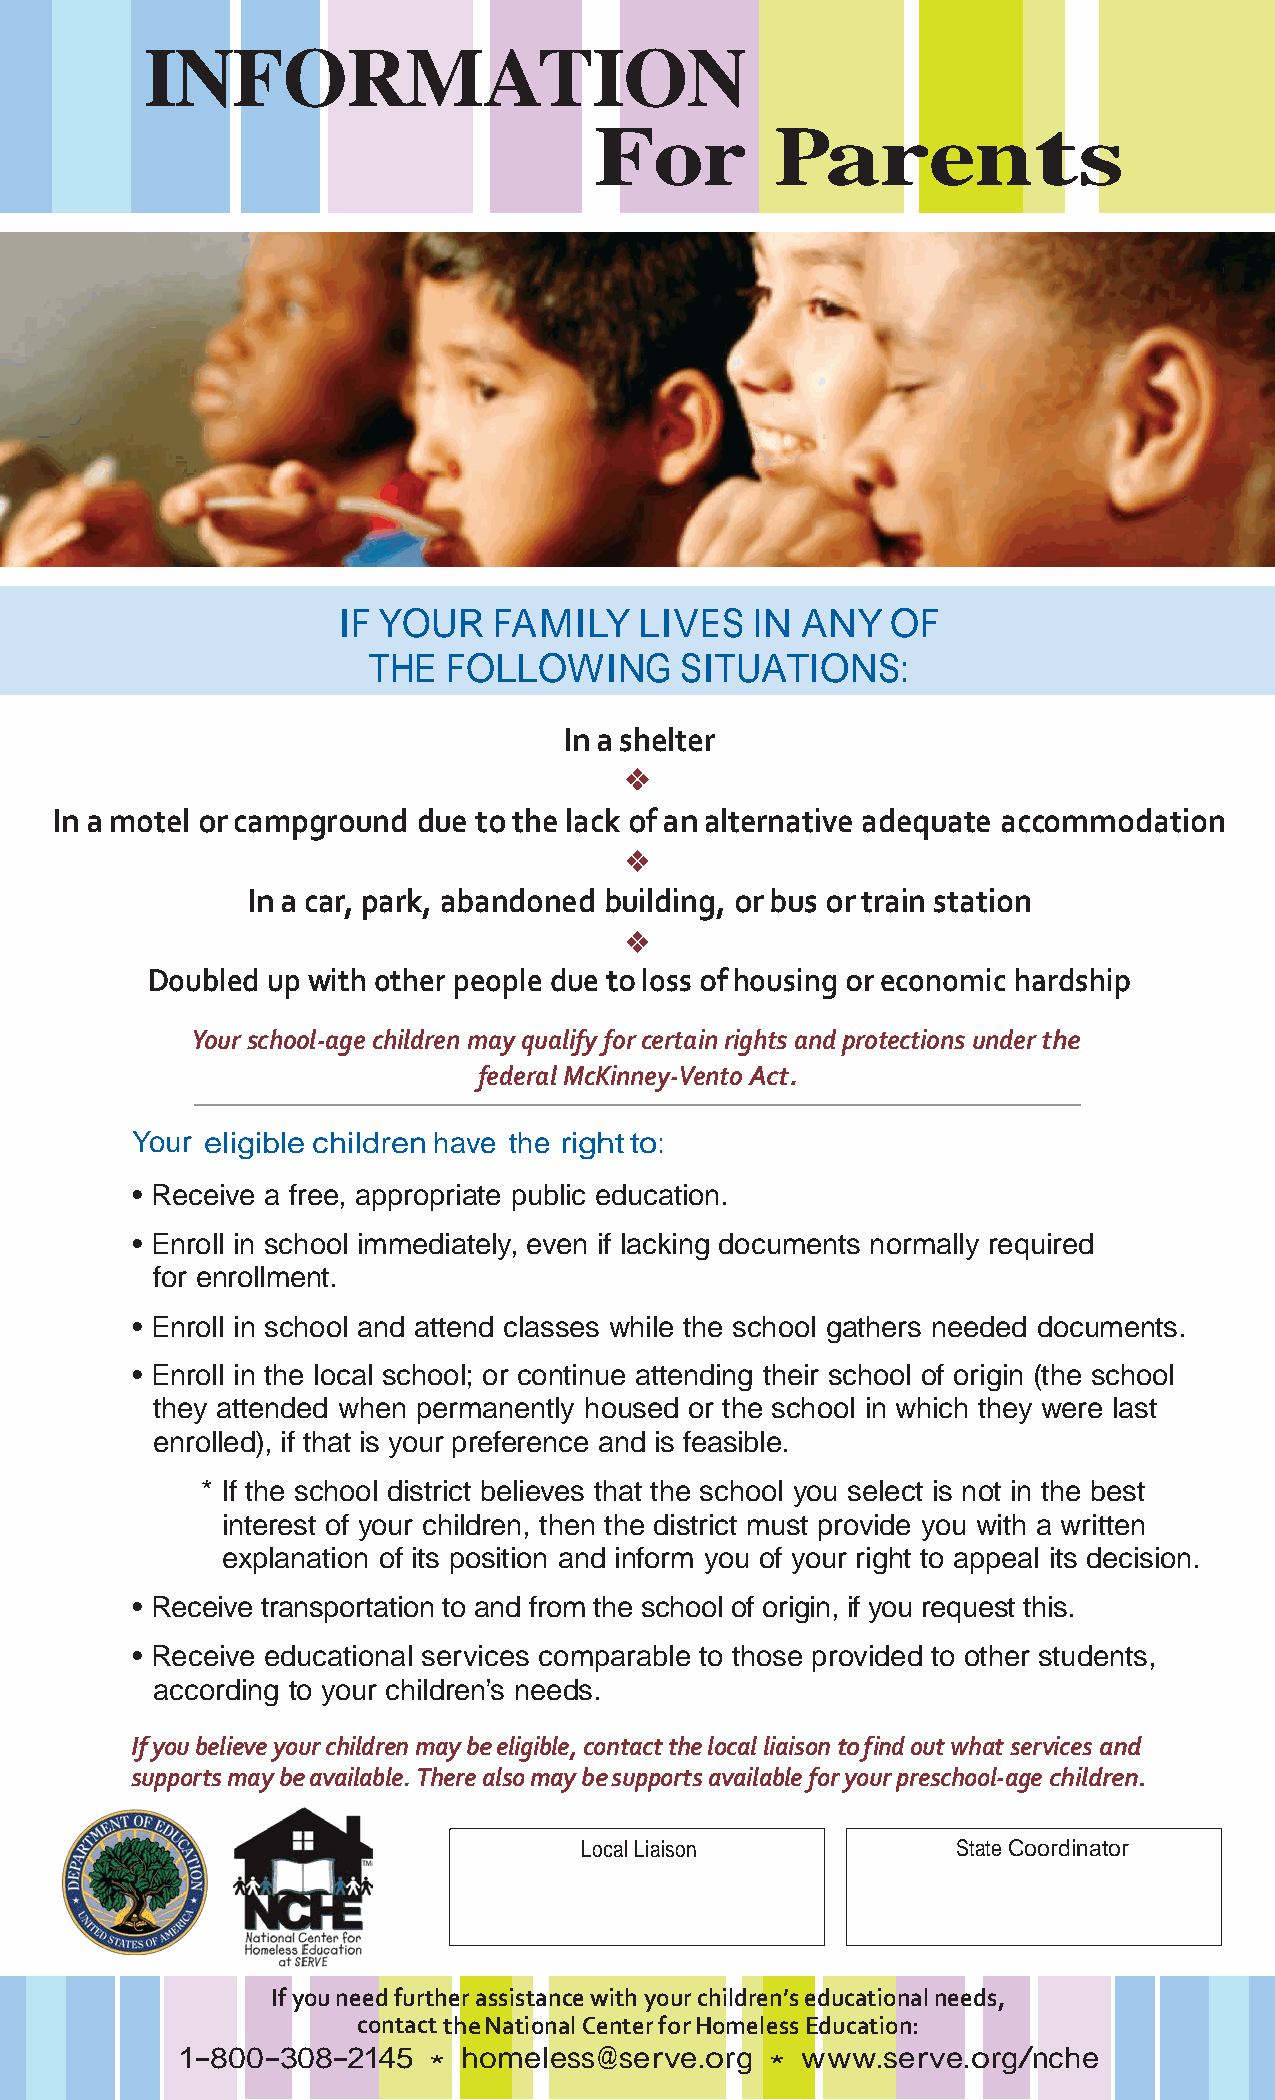
INFORMATION
 For         Parents
 IF YOUR    FAMILY   LIVES   IN ANY   OF
 THE   FOLLOWING      SITUATIONS:
 In a shelter
 In a motel or campground due to the lack of an alternative adequate accommodation
 In a car, park, abandoned building, or bus or train station
 Doubled up with other people due to loss of housing or economic hardship
 Your school-age children may qualify for certain rights and protections under the
 federal McKinney-Vento Act.
 Your eligible children have the right to:
 • Receive a free, appropriate public education.
 • Enroll in school immediately, even if lacking documents normally required
 for enrollment.
 • Enroll in school and attend classes while the school gathers needed documents.
 • Enroll in the local school; or continue attending their school of origin (the school
 they attended when permanently housed or the school in which they were last
 enrolled), if that is your preference and is feasible.
 * If the school district believes that the school you select is not in the best
 interest of your children, then the district must provide you with a written
 explanation of its position and inform you of your right to appeal its decision.
 • Receive transportation to and from the school of origin, if you request this.
 • Receive educational services comparable to those provided to other students,
 according to your children’s needs.
 If you believe your children may be eligible, contact the local liaison to find out what services and
 supports may be available. There also may be supports available for your preschool-age children.
 Local Liaison            State Coordinator
 If you need further assistance with your children’s educational needs,
 contact the National Center for Homeless Education:
 1-800-308-2145     homeless@serve.org    www.serve.org/nche
 *                      *